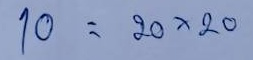
10 = 20x20